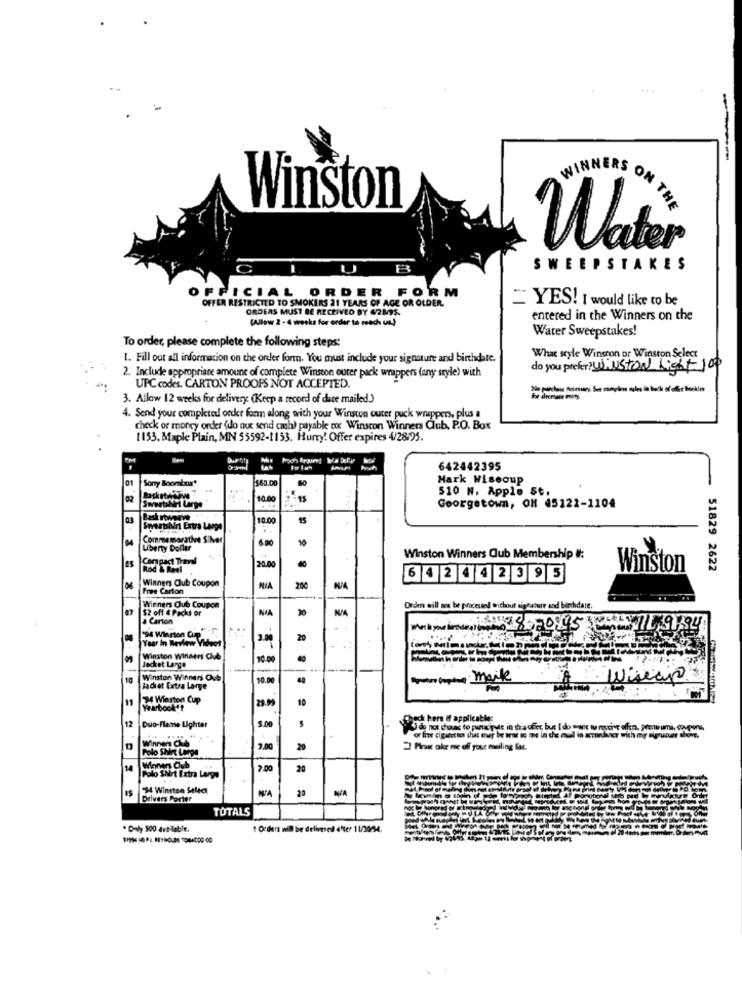
--
Winston
WINNERS ON THE
Water
Jater
SWEEPSTAKES
FFICIAL ORDER FORM
OFFER RESTRICTED TO SMOKERS 21 YEARS OF AGE OR OLDER.
= YES! I would like to be
ORDERS MUST BE RECEIVED BY 62895.
(Allow 2 - 4 weeks for order to reach us)
entered in the Winners on the
Water Sweepstakes!
To order, please complete the following steps:
t. Fill out all information on the order form. You must include your signature and birthdate.
What style Winsron or Winston Select
do you prefer? Willstrong Light 100
2. Include appropriate amount of complete Winston outer pack wrappers (any style) with
UPC codes. CARTON PROOFS NOT ACCEPTED.
3. Allow 12 weeks for delivery: (Keep a record of dace mailed.)
4. Send your completed order form along with your Winston outer puck wrappers, plus a
check or money order (do not send cash) payable to Winscon Winners Club, P.O. Box
1153, Maple Plain, MN 55592-1153. Hurry! Offer expires 4/28/95.
642442395
01
Sony Boombar'
$60.00
Mark Wiseoup
510 N. Apple St.
RycketHow
SwastiNH Large
10.00
Georgetown, OH 45122-1104
10.00
15
Sweatshirt Extra Large
Commemorative Silver
6.00
10
Liberty Dollar
Compact Trinval
10.00
Winston Winners Qub Membership #:
Rod & Reel
Winston
~~ 51829 2622
Winners Club Coupon
6 4 2 44 2 3 9 5
Free Carton
$2 off & Packs or
Wieners Club Coupon
NAA
Orden will not be processed without signature and birthdate.
a Carton
'94 Winston Cup
3018.20195
Year In Review Videot
3.00
20
Winston Wingers Club
10:00
Jecket Large
44
Winston Winners Ovb
10.00
40
stampin marke
Wiseap
Badret Extra Large
34 Warten Cup
10
Yearbook"t
back here if applicable:
12
Duo-Flamme Lighter
5.00
do not choux to purs iputc in ch'a ofer, but I do one w mvcrve offen, prensiuma, coupons,
Winnen Club
or fime cigarette that evy be arne to moe in the mul in accorder with my seninar thene.
Polo Shirt Large
2.00
20
Peak oke me of your nweling list.
14
2.00
20
Polo Shirt Extra Large
"34 Winston Select
-
Drivers Porter
TOTALS
. Only 500 available.
1 Orders will be delivered efter 11/20/94.